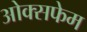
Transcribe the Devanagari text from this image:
ओक्सफेम